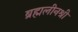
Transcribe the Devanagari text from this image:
ब्रह्मलीनश्री